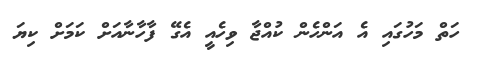
ހަތް މަހުގައި އެ އަންހެން ކުއްޖާ ވިހެއީ އެގޭ ފާހާނާއަށް ކަމަށް ކިޔަ